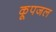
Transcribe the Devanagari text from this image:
कूपजल